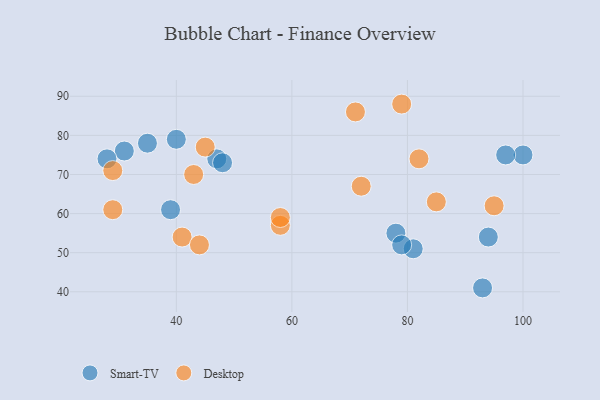
{"axis": {"x": "GDP", "y": "Life Expectancy"}, "legend": ["Desktop", "Smart-TV"], "data": [{"x": "31", "y": 76, "type": "Smart-TV"}, {"x": "47", "y": 74, "type": "Smart-TV"}, {"x": "39", "y": 61, "type": "Smart-TV"}, {"x": "81", "y": 51, "type": "Smart-TV"}, {"x": "35", "y": 78, "type": "Smart-TV"}, {"x": "78", "y": 55, "type": "Smart-TV"}, {"x": "93", "y": 41, "type": "Smart-TV"}, {"x": "100", "y": 75, "type": "Smart-TV"}, {"x": "94", "y": 54, "type": "Smart-TV"}, {"x": "79", "y": 52, "type": "Smart-TV"}, {"x": "97", "y": 75, "type": "Smart-TV"}, {"x": "28", "y": 74, "type": "Smart-TV"}, {"x": "40", "y": 79, "type": "Smart-TV"}, {"x": "48", "y": 73, "type": "Smart-TV"}, {"x": "95", "y": 62, "type": "Desktop"}, {"x": "79", "y": 88, "type": "Desktop"}, {"x": "82", "y": 74, "type": "Desktop"}, {"x": "41", "y": 54, "type": "Desktop"}, {"x": "45", "y": 77, "type": "Desktop"}, {"x": "29", "y": 71, "type": "Desktop"}, {"x": "71", "y": 86, "type": "Desktop"}, {"x": "85", "y": 63, "type": "Desktop"}, {"x": "44", "y": 52, "type": "Desktop"}, {"x": "29", "y": 61, "type": "Desktop"}, {"x": "58", "y": 57, "type": "Desktop"}, {"x": "43", "y": 70, "type": "Desktop"}, {"x": "58", "y": 59, "type": "Desktop"}, {"x": "72", "y": 67, "type": "Desktop"}]}